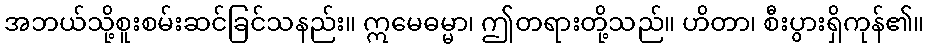
အဘယ်သို့စူးစမ်းဆင်ခြင်သနည်း။ ဣမေဓမ္မာ၊ ဤတရားတို့သည်။ ဟိတာ၊ စီးပွားရှိကုန်၏။